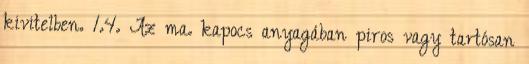
kivitelben. 1.4. Az ma. kapocs anyagában piros vagy tartósan